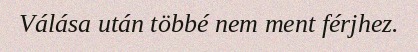
Válása után többé nem ment férjhez.